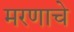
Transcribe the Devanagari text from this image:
मरणाचे